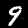
Digit: 9